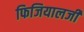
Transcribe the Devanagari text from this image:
फिजियालजी